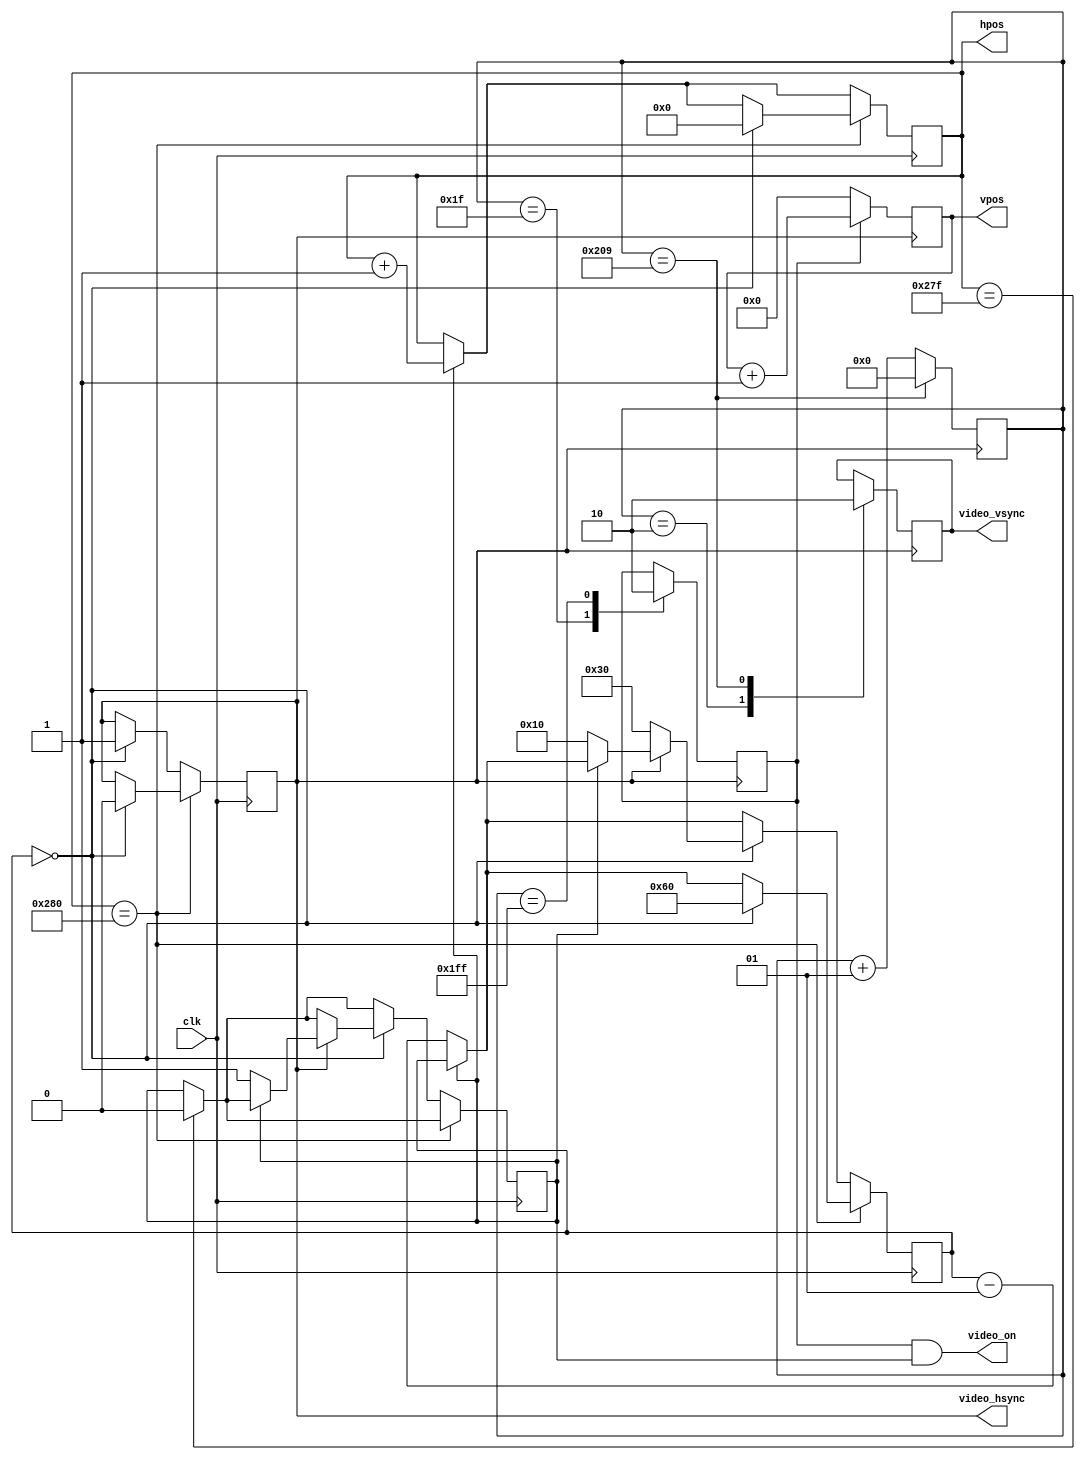
`timescale 1ns / 1ps
//////////////////////////////////////////////////////////////////////////////////
// Company:   BMSTU
// 
// Design Name: 
// Module Name:    videoctl 
// Project Name:    Agat Hardware Project
// Target Devices: 
// Tool versions: 
// Description: 
//
// Dependencies: 
//
// Revision: 
// Revision 0.01 - File Created
// Additional Comments: 
//
//////////////////////////////////////////////////////////////////////////////////

module video_counters(
		input clk,
		output reg video_vsync = 1,
		output reg video_hsync = 1,
		output video_on,
		output reg [10:1] hpos = 0,
		output reg [9:1] vpos = 0);
		
	integer hcnt = 0, vcnt = 0;

	reg video_von = 0, video_hon = 0;
	assign video_on = video_von & video_hon;
		
	always @(posedge video_hsync) begin
		vcnt <= vcnt + 1;
		vpos <= video_von?vpos + 1: 0;
		case (vcnt)
		2: video_vsync = 1;
		31: video_von = 1;
		511: video_von = 0;
		521: begin vcnt <=0; video_vsync = 0; end
		endcase
	end

	always @(posedge clk) begin
		if (!video_hon) hcnt <= hcnt - 1;
		else hpos <= hpos + 1;
		
		if (hpos == 639) video_hon <= 0;
		
		if (hpos == 640) begin
			if (!hcnt) begin
				hcnt <= 96;
				video_hsync <= 0;
				hpos <= 0;
			end
		end else if (!hcnt) begin
			if (!video_hsync) begin
				video_hsync <= 1;
				hcnt <= 48;
			end else if (!video_hon) begin
				video_hon <= 1;
				hcnt <= 16;
			end
		end
	end
endmodule